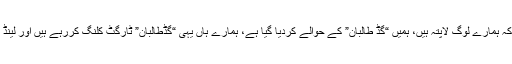
اب دیکھو کہ ہم کہتے ہیں کہ ہمارے لوگ لاپتہ ہیں، ہمیں “گڈ طالبان” کے حوالے کردیا گیا ہے، ہمارے ہاں یہی “گڈطالبان” ٹارگٹ کلنگ کررہے ہیں اور لینڈ مائنز ہمارا ایک مسئلہ ہے۔